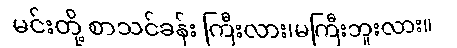
မင်းတို့ စာသင်ခန်း ကြီးလား၊မကြီးဘူးလား။